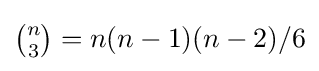
{\textstyle {\binom {n}{3}}=n(n-1)(n-2)/6}